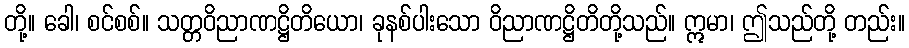
တို့။ ခေါ၊ စင်စစ်။ သတ္တဝိညာဏဋ္ဌိတိယော၊ ခုနစ်ပါးသော ဝိညာဏဋ္ဌိတိတို့သည်။ ဣမာ၊ ဤသည်တို့ တည်း။